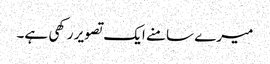
میرے سامنے ایک تصویر رکھی ہے۔